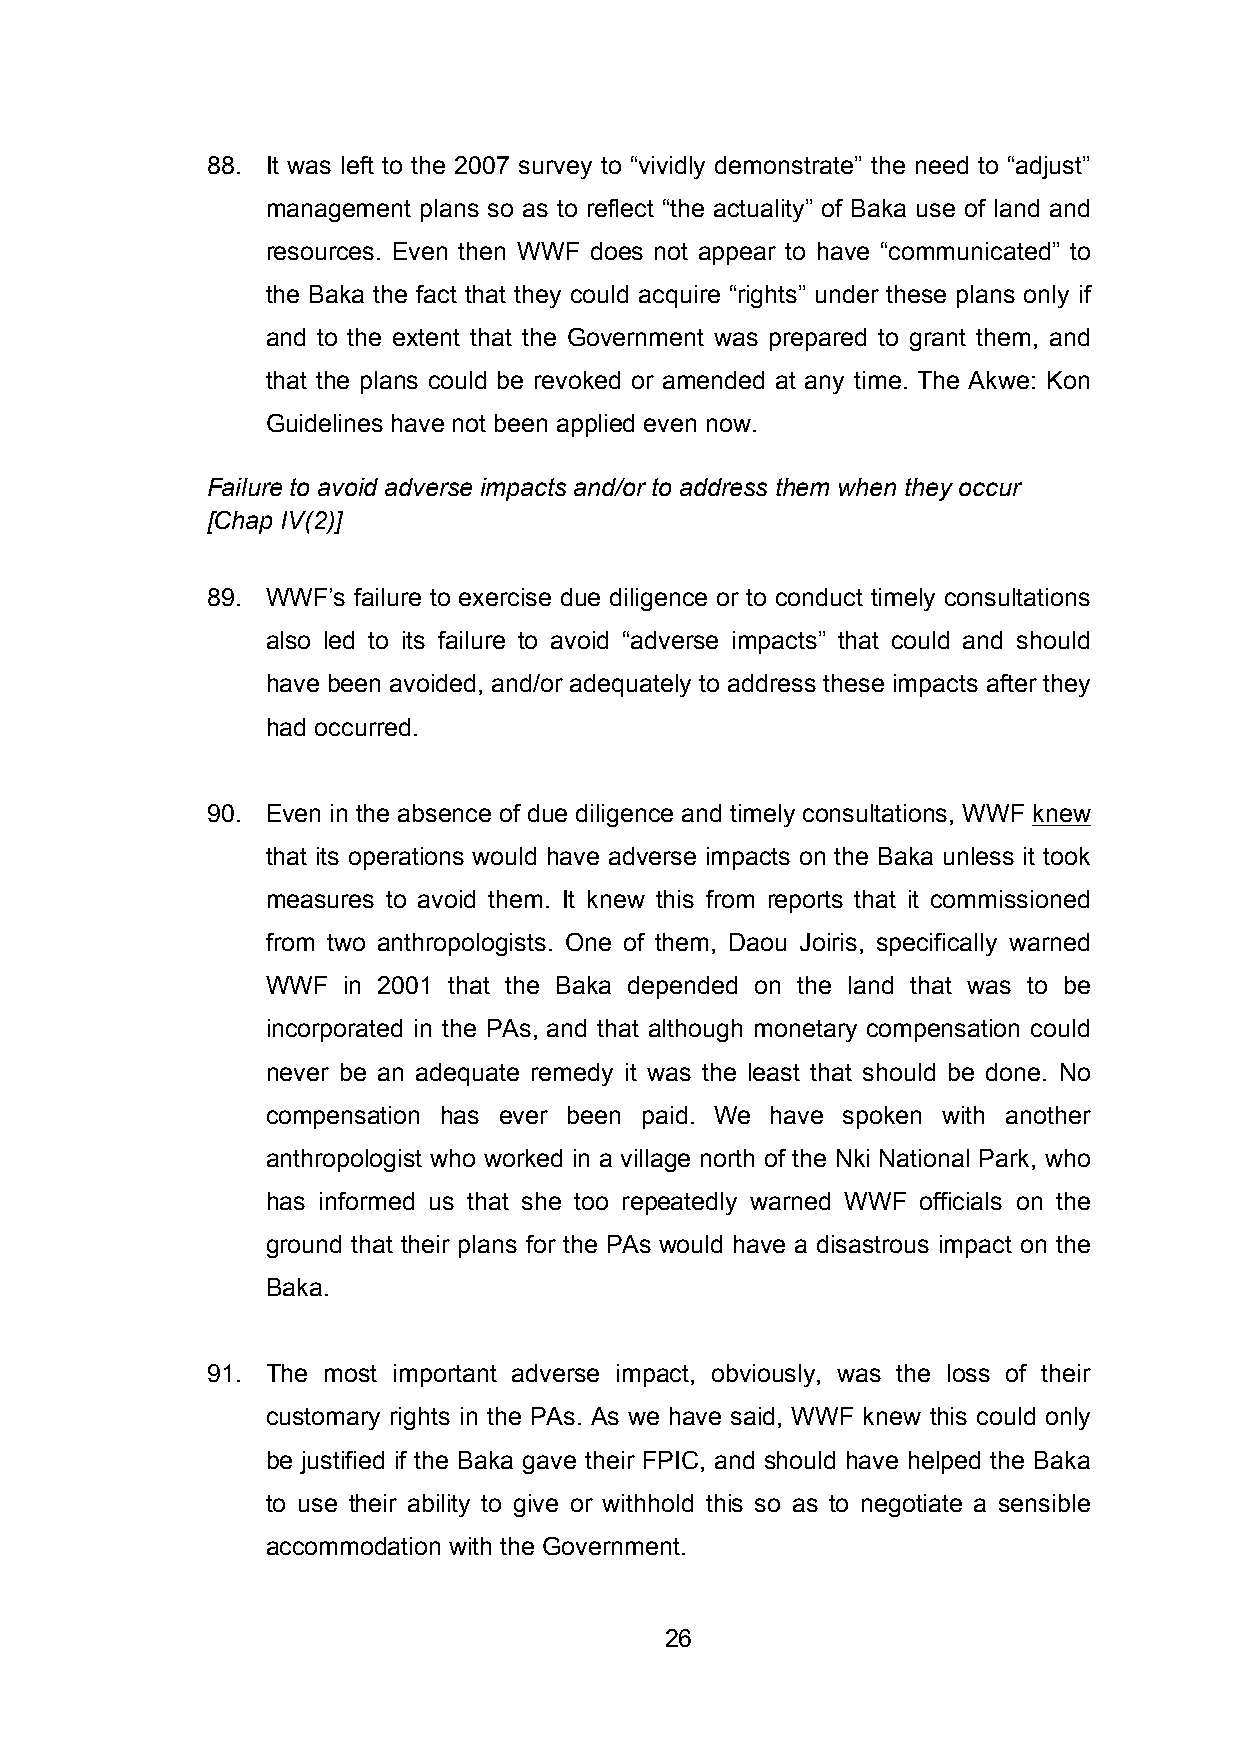
88. It was left to the 2007 survey to “vividly demonstrate” the need to “adjust”
 management plans so as to reflect “the actuality” of Baka use of land and
 resources. Even then WWF does not appear to have “communicated” to
 the Baka the fact that they could acquire “rights” under these plans only if
 and to the extent that the Government was prepared to grant them, and
 that the plans could be revoked or amended at any time. The Akwe: Kon
 Guidelines have not been applied even now.
 Failure to avoid adverse impacts and/or to address them when they occur
 [Chap IV(2)]
 89. WWF’s failure to exercise due diligence or to conduct timely consultations
 also led to its failure to avoid “adverse impacts” that could and should
 have been avoided, and/or adequately to address these impacts after they
 had occurred.
 90. Even in the absence of due diligence and timely consultations, WWF knew
 that its operations would have adverse impacts on the Baka unless it took
 measures to avoid them. It knew this from reports that it commissioned
 from two anthropologists. One of them, Daou Joiris, specifically warned
 WWF  in 2001 that the Baka depended on the land that was to be
 incorporated in the PAs, and that although monetary compensation could
 never be an adequate remedy it was the least that should be done. No
 compensation has ever been paid. We have spoken with another
 anthropologist who worked in a village north of the Nki National Park, who
 has informed us that she too repeatedly warned WWF officials on the
 ground that their plans for the PAs would have a disastrous impact on the
 Baka.
 91. The most important adverse impact, obviously, was the loss of their
 customary rights in the PAs. As we have said, WWF knew this could only
 be justified if the Baka gave their FPIC, and should have helped the Baka
 to use their ability to give or withhold this so as to negotiate a sensible
 accommodation with the Government.
 26